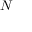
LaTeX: { \mathbf { } } N